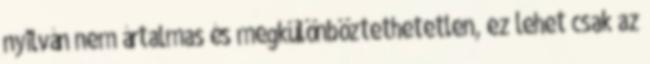
nyilván nem ártalmas és megkülönböztethetetlen, ez lehet csak az